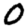
Digit: 0